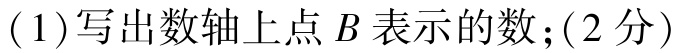
$(1)$写出数轴上点$B$表示的数；$(2$分$)$